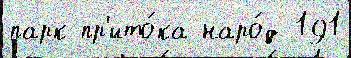
парк пр'ито́ка наро́д 191